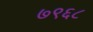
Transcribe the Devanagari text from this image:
७९६८